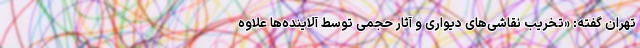
تهران گفته: «تخریب نقاشی‌های دیواری و آثار حجمی توسط آلاینده‌ها علاوه